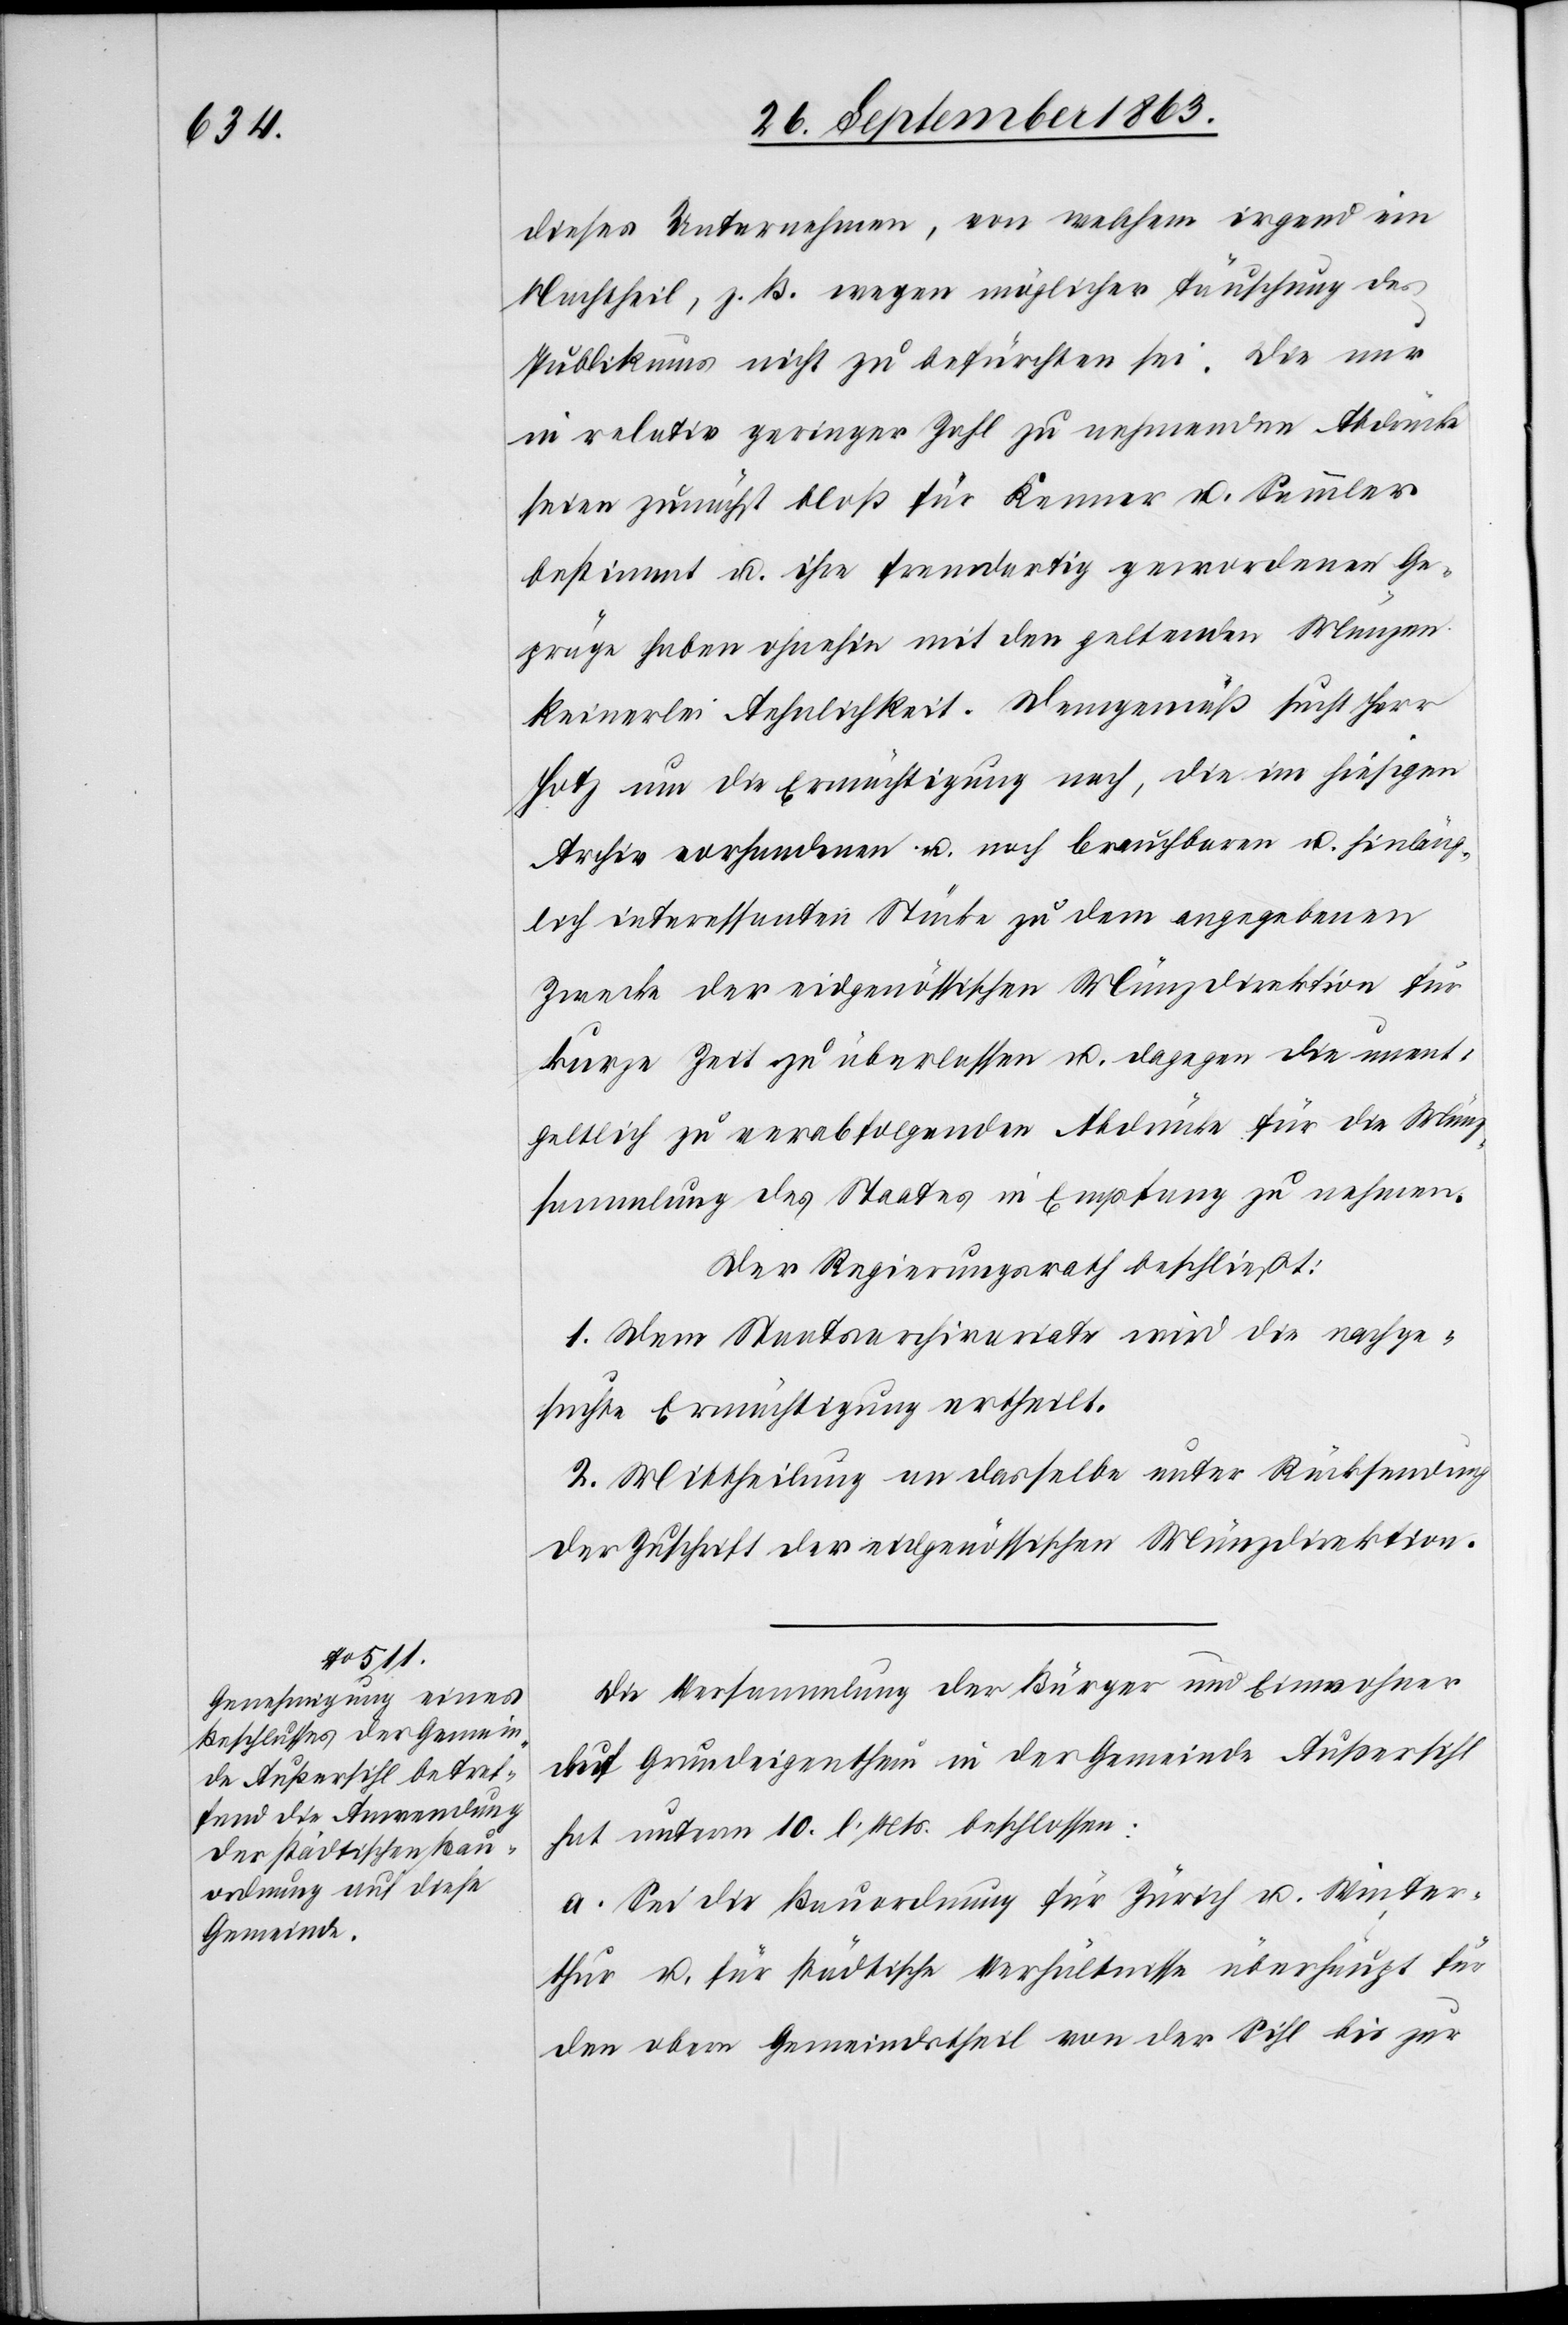
dieses Unternehmen, von welchem irgend ein
Nachtheilt, z. B. wegen möglicher Täuschung des
Publikums nicht zu befürchten sei. Die nur
in relativ geringer Zahl zu nehmenden Abdrücke
seien zunächst bloß für Kenner u. Sammler
bestimmt u. ihre fremdartig gewordenen Ge¬
präge haben ohnehin mit den geltenden Münzen
keinerlei Aehnlichkeit. Demgemäß sucht Herr
Hotz um die Ermächtigung nach, die im hiesigen
Archiv vorhandenen u. noch brauchbaren u. hinläng¬
lich interessanten Stücke zu dem angegebenen
Zwecke der eidgenössischen Münzdirektion für
kurze Zeit zu überlassen u. dagegen die unent¬
geltlich zu verabfolgenden Abdrücke für die Münz¬
sammlung des Staates in Empfang zu nehmen.
Der Regierungsrath beschließt:
1. Dem Staatsarchivariate wird die nachge¬
suchte Ermächtigung ertheilt.
2. Mittheilung an dasselbe unter Rücksendung
der Zuschrift der eidgenössischen Münzdirektion.
Die Versammlung der Bürger und Einwohner
auf Grundeigenthum in der Gemeinde Außersihl
hat unterm 10. l. Mts. beschlossen:
a. Sei die Bauordnung für Zürich u. Winter¬
thur u. für städtische Verhältnisse überhaupt für
den obern Gemeindstheil von der Sihl bis zur